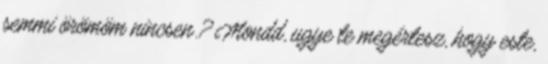
semmi örömöm nincsen.? Mondd, ugye te megértesz, hogy este,